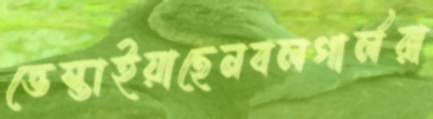
ভেস্তাইয়াছেনবলগার্লরা